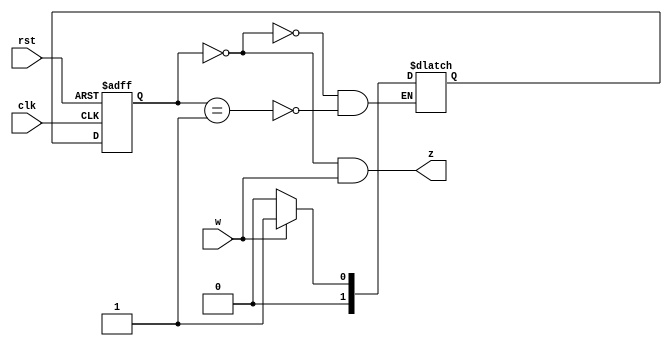
module fsm(clk, rst, w, z);
input clk, rst, w;
output  z;
reg [1:0] state, nextState;
parameter [1:0] A = 2'b00, B = 2'b01; 

always @ (w or state)
begin
    case (state)
    A:if(w) nextState = B;
     else  nextState = A;
     
    B:if(w) nextState = B;
      else nextState = A;
      
    endcase
 end
 
always @ (posedge clk or negedge rst) begin
    if(!rst)
        state <= A;
    else
        state <= nextState;
end
assign z = (state == A && w == 1);
endmodule